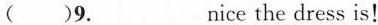
( )9.___nice the dress is!